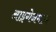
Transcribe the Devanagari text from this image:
आइगेनमान